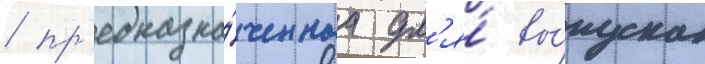
/ пр'едназна́ченнаа дл'я́ вы́пуска